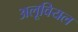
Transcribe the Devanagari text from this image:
अलूवियल